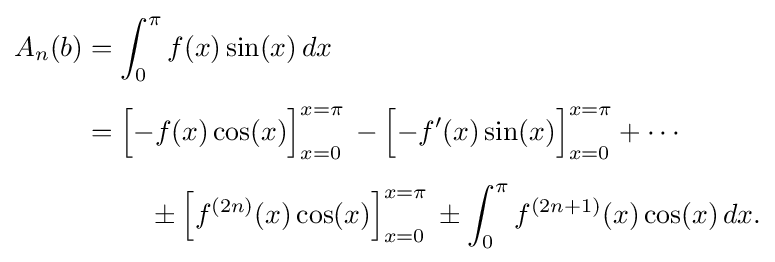
{\begin{aligned}A_{n}(b)&=\int _{0}^{\pi }f(x)\sin(x)\,dx\\[5pt]&={\Big [}{-f(x)\cos(x)}{\Big ]}_{x=0}^{x=\pi }\,-{\Big [}{-f'(x)\sin(x)}{\Big ]}_{x=0}^{x=\pi }+\cdots \\[5pt]&\ \qquad \pm {\Big [}f^{(2n)}(x)\cos(x){\Big ]}_{x=0}^{x=\pi }\,\pm \int _{0}^{\pi }f^{(2n+1)}(x)\cos(x)\,dx.\end{aligned}}